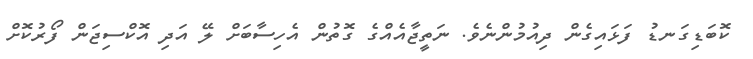
ކޮބަޑިގަނޑު ފަޅައިގެން ދިއުމުންނެވެ. ނަތީޖާއެއްގެ ގޮތުން އެހިސާބަށް ލޭ އަދި އޮކްސިޖަން ފޯރުކޮށް